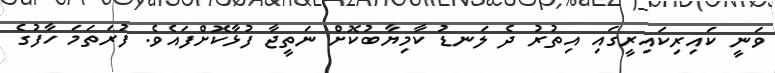
ވަނީ ކައިރިކައިރީގައި އިތުރު ދެ ލަނޑު ކާމިޔާބުކޮށް ނަތީޖާ ފުޅާކޮށްފައެވެ. ފުރަތަމަ ހާފުގެ